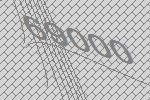
69000